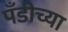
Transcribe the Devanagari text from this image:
पँडीच्या